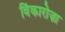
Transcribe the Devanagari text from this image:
विंकारोज़ा